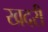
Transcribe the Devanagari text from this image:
खदरी